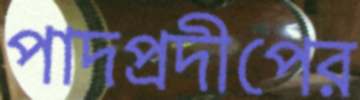
পাদপ্রদীপের